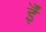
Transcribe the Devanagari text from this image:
ईँ